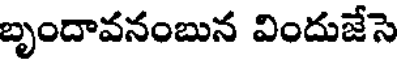
బృందావనంబున విందుజేసె